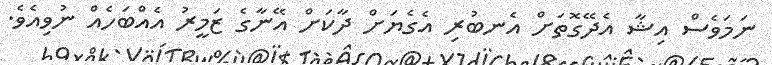
ނަމަވެސް އިޝާ އެދޭގޮތަށް އެނބުރި އެގެޔަށް ދާކަށް އޭނާގެ ޒަމީރު އެއްބަހެއް ނުވިއެވެ.